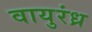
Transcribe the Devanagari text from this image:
वायुरंध्र